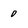
Character: 0